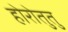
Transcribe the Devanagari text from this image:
होरोतुतु